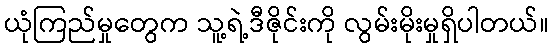
ယုံကြည်မှုတွေက သူ့ရဲ့ဒီဇိုင်းကို လွမ်းမိုးမှုရှိပါတယ်။